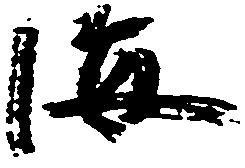
海